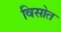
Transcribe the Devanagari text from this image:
विसोत